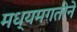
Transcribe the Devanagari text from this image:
मध्यमगतीने